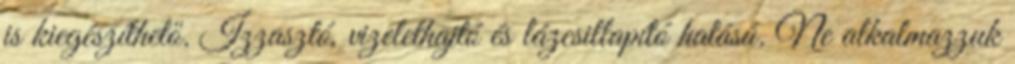
is kiegészíthető. Izzasztó, vizelethajtó és lázcsillapító hatású. Ne alkalmazzuk